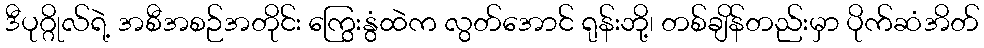
ဒီပုဂ္ဂိုလ်ရဲ့ အစီအစဉ်အတိုင်း ကြွေးနွံထဲက လွတ်အောင် ရုန်းဘို့၊ တစ်ချိန်တည်းမှာ ပိုက်ဆံအိတ်